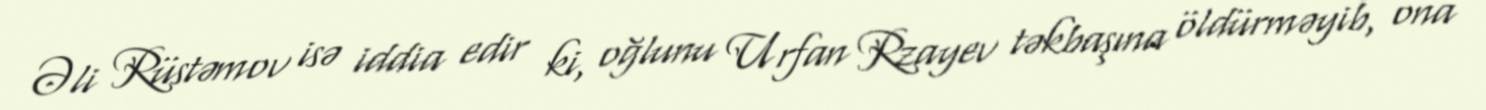
Əli Rüstəmov isə iddia edir ki, oğlunu Urfan Rzayev təkbaşına öldürməyib, ona